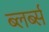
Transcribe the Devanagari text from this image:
ब्लर्ब्स